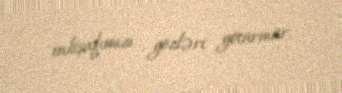
inkişafımızı gözləri götürmür.